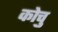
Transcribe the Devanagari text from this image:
कोचु